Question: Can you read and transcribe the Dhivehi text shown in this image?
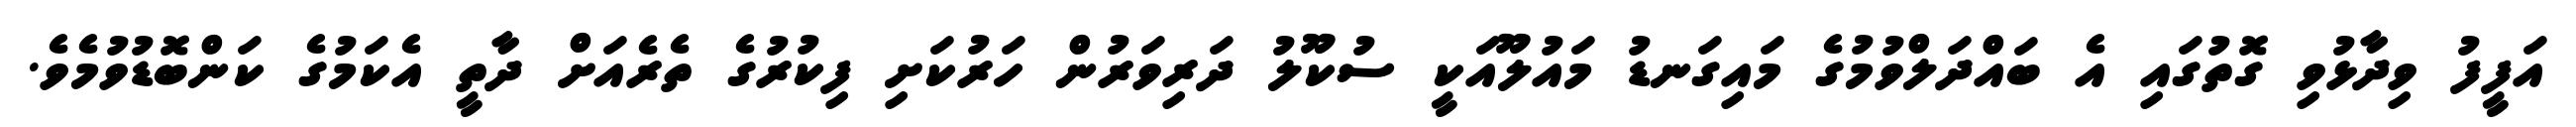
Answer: އަފީފު ވިދާޅުވި ގޮތުގައި އެ ބައްދަލްވުމުގެ މައިގަނޑު މައުލޫއަކީ ސުކޫލު ދަރިވަރުން ހަރުކަށި ފިކުރުގެ ތެރެއަށް ދާތީ އެކަމުގެ ކަންބޮޑުވުމެވެ.